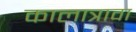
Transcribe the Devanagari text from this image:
कालात्रावा